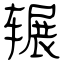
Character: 辗